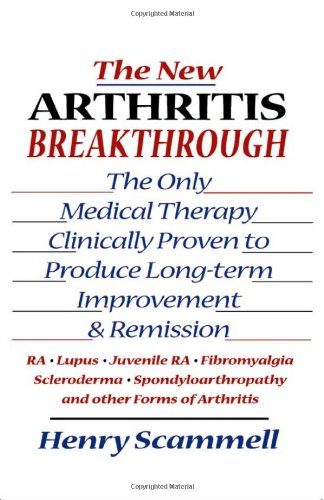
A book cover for The New Arthritis Breakthrough: The Only Medical Therapy Clinically Proven to Produce Long-term Improvement and Remission of RA, Lupus, Juvenile RS, ... & Other Inflammatory Forms of Arthritis; Henry Scammell; Health, Fitness & Dieting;